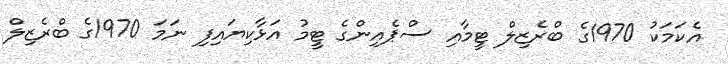
އެކަމަކު 1970ގެ ބްރެޒިލް ޓީމާއި ސްޕެއިންގެ ޓީމު އަޅާކިޔައިފި ނަމަ 1970ގެ ބްރެޒިލް